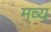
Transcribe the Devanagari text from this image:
मव्य